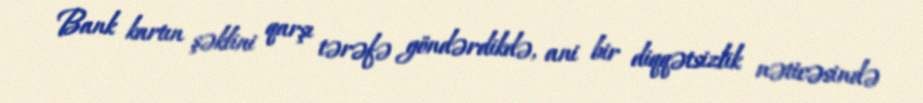
Bank kartın şəklini qarşı tərəfə göndərdikdə, ani bir diqqətsizlik nəticəsində